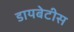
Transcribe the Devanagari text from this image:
डायबेटीस